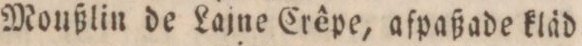
” ” Moußlin de Lajne Crêpe, afpaßade kläd=